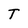
Character: T